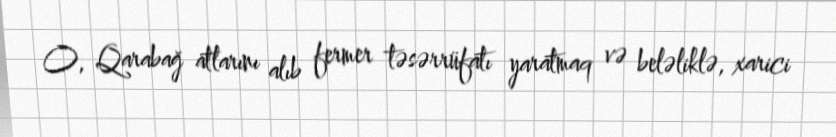
O, Qarabağ atlarını alıb fermer təsərrüfatı yaratmaq və beləliklə, xarici